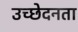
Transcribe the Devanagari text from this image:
उच्छेदनता